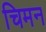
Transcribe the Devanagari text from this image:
चिमन